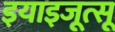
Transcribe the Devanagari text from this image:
इयाइजूत्सू